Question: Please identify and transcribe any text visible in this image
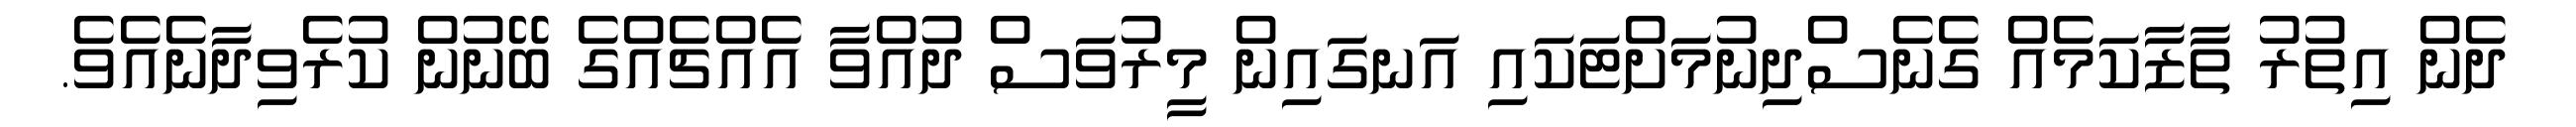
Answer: ދެން އިތުރު ތާޒާކަމެއް ގެނެސްދިނުމަށްޓަކައި އަނގައިން މީރުވަސް ދުއްވާ އެއްޗެއްގެ ބޭނުން ކުރެވިދާނެއެވެ.